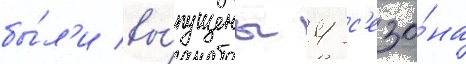
бы́л'и вы́пущены 4 с'езо́на